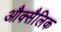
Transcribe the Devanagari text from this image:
औक्सैलिक